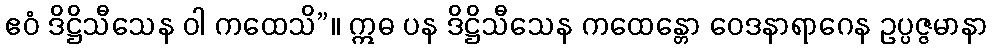
ဧဝံ ဒိဋ္ဌိသီသေန ဝါ ကထေသိ”။ ဣဓ ပန ဒိဋ္ဌိသီသေန ကထေန္တော ဝေဒနာရာဂေန ဥပ္ပဇ္ဇမာနာ